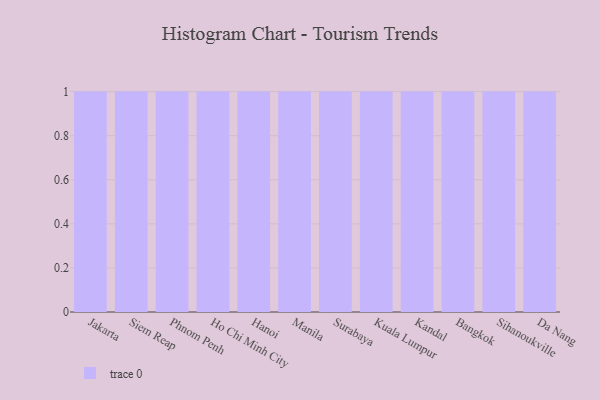
{"axis": {"x": "City", "y": "LTV (USD)"}, "legend": [""], "data": [{"x": "Jakarta", "y": 97, "type": ""}, {"x": "Siem Reap", "y": 41, "type": ""}, {"x": "Phnom Penh", "y": 79, "type": ""}, {"x": "Ho Chi Minh City", "y": 38, "type": ""}, {"x": "Hanoi", "y": 27, "type": ""}, {"x": "Manila", "y": 17, "type": ""}, {"x": "Surabaya", "y": 100, "type": ""}, {"x": "Kuala Lumpur", "y": 86, "type": ""}, {"x": "Kandal", "y": 49, "type": ""}, {"x": "Bangkok", "y": 82, "type": ""}, {"x": "Sihanoukville", "y": 32, "type": ""}, {"x": "Da Nang", "y": 62, "type": ""}]}